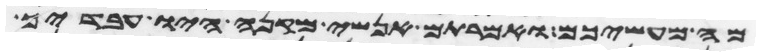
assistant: מה מעשיכם ואמרתם אנשי מקנה היו עבדיך